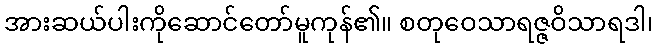
အားဆယ်ပါးကိုဆောင်တော်မူကုန်၏။ စတုဝေသာရဇ္ဇဝိသာရဒါ၊